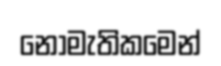
නොමැතිකමෙන්